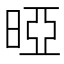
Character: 𰖐